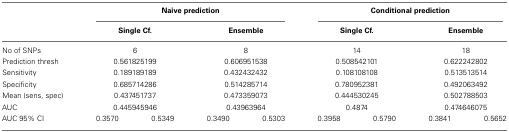
<table><thead><tr><td></td><td colspan="4"><b>Naive prediction</b></td><td colspan="4"><b>Conditional prediction</b></td></tr><tr><td></td><td colspan="2"><b>Single Cf.</b></td><td colspan="2"><b>Ensemble</b></td><td colspan="2"><b>Single Cf.</b></td><td colspan="2"><b>Ensemble</b></td></tr></thead><tbody><tr><td>No of SNPs</td><td colspan="2">6</td><td colspan="2">8</td><td colspan="2">14</td><td colspan="2">18</td></tr><tr><td>Prediction thresh</td><td colspan="2">0.561825199</td><td colspan="2">0.606951538</td><td colspan="2">0.508542101</td><td colspan="2">0.622242802</td></tr><tr><td>Sensitivity</td><td colspan="2">0.189189189</td><td colspan="2">0.432432432</td><td colspan="2">0.108108108</td><td colspan="2">0.513513514</td></tr><tr><td>Specificity</td><td colspan="2">0.685714286</td><td colspan="2">0.514285714</td><td colspan="2">0.780952381</td><td colspan="2">0.492063492</td></tr><tr><td>Mean (sens, spec)</td><td colspan="2">0.437451737</td><td colspan="2">0.473359073</td><td colspan="2">0.444530245</td><td colspan="2">0.502788503</td></tr><tr><td>AUC</td><td colspan="2">0.445945946</td><td colspan="2">0.43963964</td><td colspan="2">0.4874</td><td colspan="2">0.474646075</td></tr><tr><td>AUC 95% CI</td><td>0.3570</td><td>0.5349</td><td>0.3490</td><td>0.5303</td><td>0.3958</td><td>0.5790</td><td>0.3841</td><td>0.5652</td></tr></tbody></table>